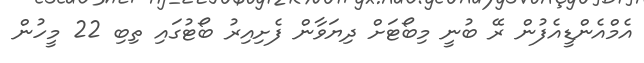
އެމްއެންޑީއެފުން ރޭ ބުނީ މިބޯޓަށް ދިޔަވާން ފެށިއިރު ބޯޓުގައި ތިބި 22 މީހުން